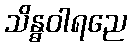
သိန္ဓဝါရညေ